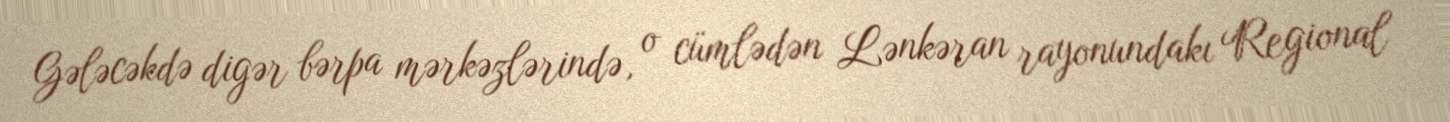
Gələcəkdə digər bərpa mərkəzlərində, o cümlədən Lənkəran rayonundakı Regional